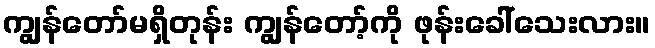
ကျွန်တော်မရှိတုန်း ကျွန်တော့်ကို ဖုန်းခေါ်သေးလား။